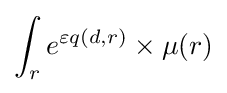
\int _{r}e^{\varepsilon q(d,r)}\times \mu (r)\,\!